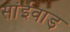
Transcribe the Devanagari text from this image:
सांईवाड़